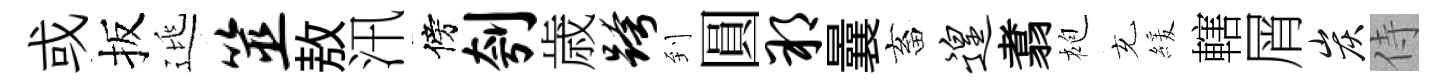
或扳逃筮敖汛傍刳歳跨到圓朔曩畜遑翥袍充緩轄屑炭侍